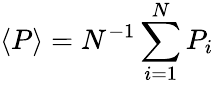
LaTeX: \langle P\rangle=N^{-1}\sum_{i=1}^{N}P_{i}